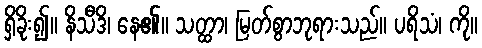
ရှိခိုး၍။ နိသီဒိ၊ နေ၏။ သတ္ထာ၊ မြတ်စွာဘုရားသည်။ ပရိသံ၊ ကို။